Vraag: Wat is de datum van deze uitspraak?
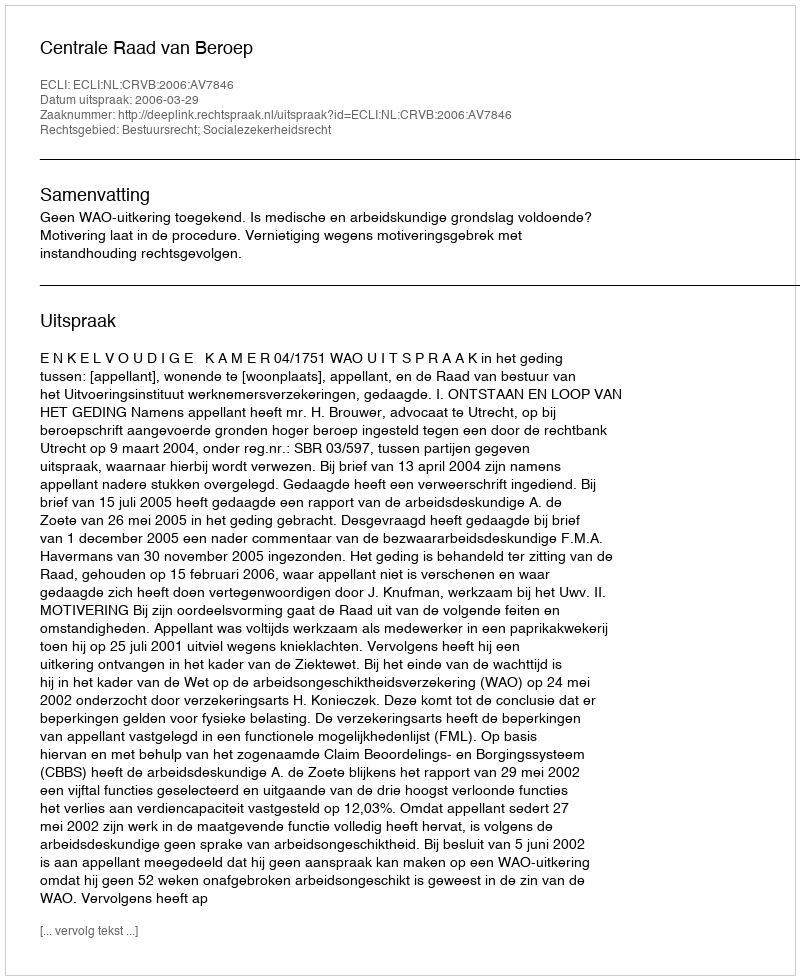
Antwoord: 2006-03-29